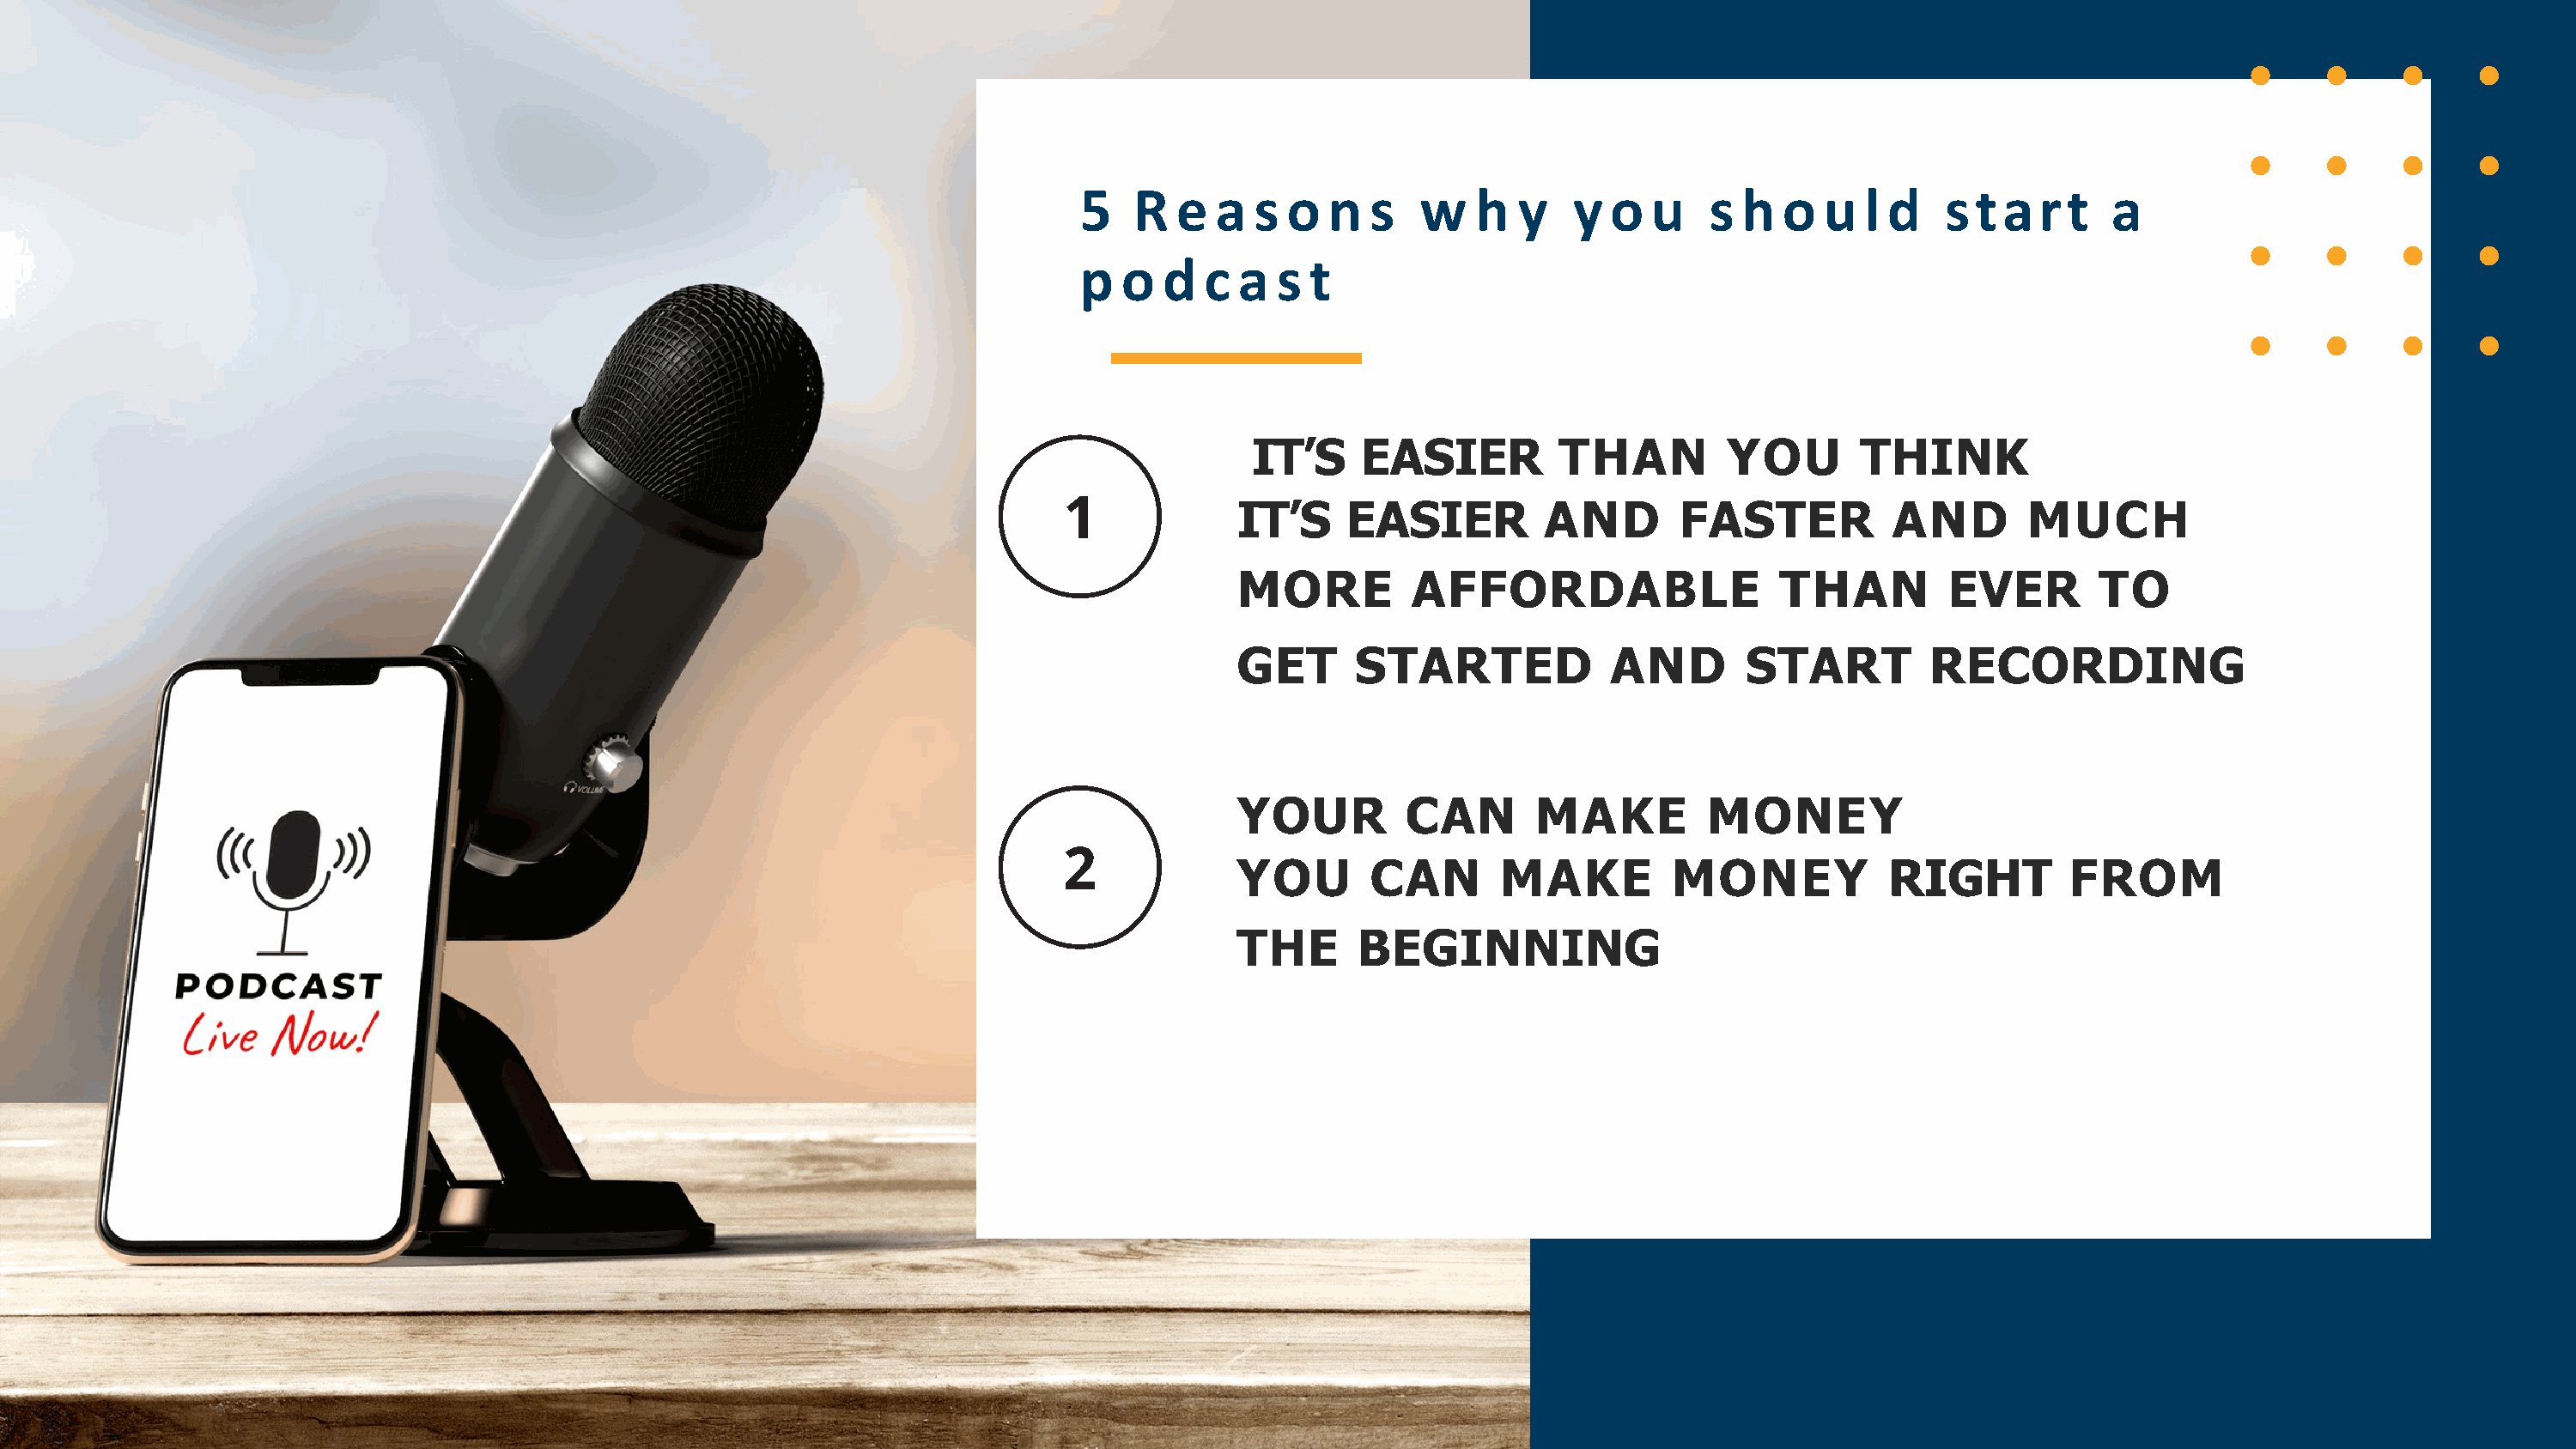
5   R   e  a  s o  n   s  w    h  y   y  o  u    s h  o   u  l d   s t a  r t   a
 p  o   d  c a  s  t
 IT’S     EASIER         THAN         YOU       THINK
 IT’S     EASIER         AND       FASTER           AND       MUCH
 MORE          AFFORDABLE                  THAN         EVER        TO
 GET      STARTED             AND        START         RECORDING
 YOUR         CAN       MAKE          MONEY
 YOU        CAN       MAKE         MONEY            RIGHT         FROM
 THE       BEGINNING